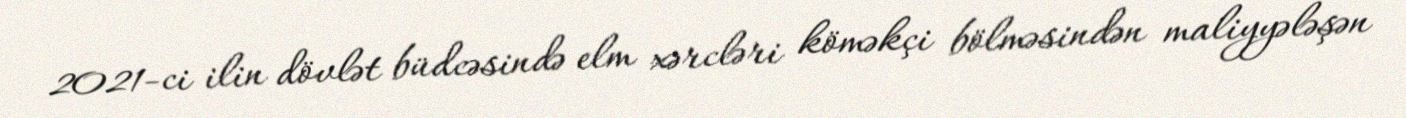
2021-ci ilin dövlət büdcəsində elm xərcləri köməkçi bölməsindən maliyyələşən